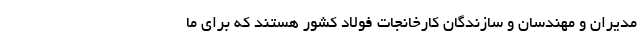
مدیران و مهندسان و سازندگان کارخانجات فولاد کشور هستند که برای ما